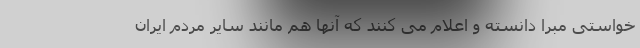
خواستی مبرا دانسته و اعلام می کنند که آنها هم مانند سایر مردم ایران